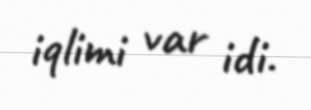
iqlimi var idi.